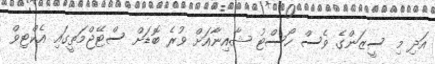
އަދި މި ސީޒަންގެ ވެސް ހޯސްޓު ޝާއިނާއަށް ވުރެ ބޮޑަށް ސްޓޭޖްމަތީގައި އެކްޓިވް